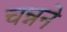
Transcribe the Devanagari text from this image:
चन्नने